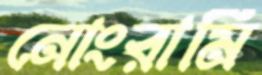
নোংরামি